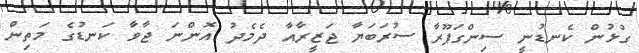
ގުޅުން ކެނޑުނީ ސިންގަޕޫރާ ސުރަބަޔާ ޖަޒީރާއާ ދެމެދު އޮންނަ ޖާވާ ކަނޑުގެ މަތިން